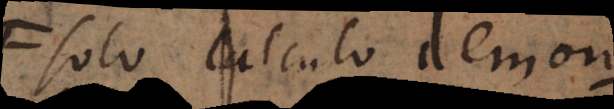
solo calculo demonstrare